Report of the Indian Hemp Drugs Commission, 1894-1895 - Volume V
Year: 1894
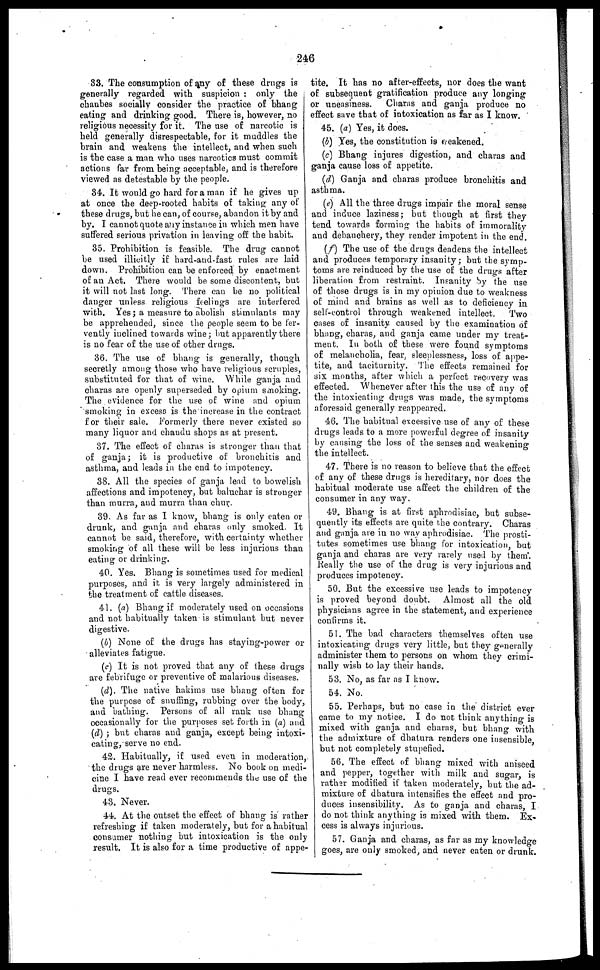
246
33. The consumption of any of these drugs is
generally regarded with suspicion : only the
chaubes socially consider the practice of bhang
eating and drinking good. There is, however, no
religious necessity for it. The use of narcotic is
held generally disrespeetable, for it muddles the
brain and weakens the intellect, and when such
is the case a man who uses narcotics must commit
actions far from being acceptable, and is therefore
viewed as detestable by the people.
34. It would go hard for a man if he gives up
at once the deep-rooted habits of taking any of
these drugs, but he can, of course, abandon it by and
by. I cannot quote any instance in which men have
suffered serious privation in leaving off the habit.
35. Prohibition is feasible. The drug cannot
be used illicitly if hard-and-fast rules are laid
down. Prohibition can be enforced by enactment
of an Act. There would be some discontent, but
it will not last long. There can be no political
danger unless religious feelings are interfered
with. Yes ; a measure to abolish stimulants may
be apprehended, since the people seem to be fer-
vently inclined towards wine; hut apparently there
is no fear of the use of other drugs.
36. The use of bhang is generally, though
secretly among those who have religious scruples,
substituted for that of wine. While ganja and
charas are openly superseded by opium smoking.
The evidence for the use of wine and opium
smoking in excess is the increase in the contract
for their sale. Formerly there never existed so
many liquor and chandu shops as at present.
37. The effect of charas is stronger than that
of ganja ; it is productive of bronchitis and
asthma, and leads in the end to impotency.
38. All the species of ganja lead to bowelish
affections and impotency, but baluchar is stronger
than murra, and murra than chur.
39. As far as I know, bhang is only eaten or
drunk, and ganja and charas only smoked. It
cannot be said, therefore, with certainty whether
smoking of all these will be less injurious than
eating or drinking.
40. Yes. Bhang is sometimes used for medical
purposes, and it is very largely administered in
the treatment of cattle diseases.
41. (a) Bhang if moderately used on occasions
and not habitually taken is stimulant but never
digestive.
(b) None of the drugs has staying-power or
alleviates fatigue.
(c) It is not proved that any of these drugs
are febrifuge or preventive of malarious diseases.
(d). The native hakims use bhang often for
the purpose of snuffing, rubbing over the body,
and bathing. Persons of all rank use bhang
occasionally for the purposes set forth in (a) and
(d) ; but charas and ganja, except being intoxi-
cating, serve no end.
42. Habitually, if used even in moderation,
the drugs are never harmless. No book on medi-
cine I have read ever recommends the use of the
drugs.
43. Never.
44. At the outset the effect of bhang is rather
refreshing if taken moderately, but for a habitual
consumer nothing but intoxication is the only
result. It is also for a time productive of appe-
tite. It has no after-effects, nor does the want
of subsequent gratification produce any longing
or uneasiness. Charas and ganja produce no
effect save that of intoxication as far as I know.
45. (a) Yes, it does.
(b) Yes, the constitution is seakened.
(c) Bhang injures digestion, and charas and
ganja cause loss of appetite.
(d) Ganja and charas produce bronchitis and
asthma.
(e) All the three drugs impair the moral sense
and induce laziness; but though at first they
tend towards forming the habits of immorality
and debauchery, they render impotent in the end.
(f) The use of the drugs deadens the intellect
and produces temporary insanity; but the symp-
toms are reinduced by the use of the drugs after
liberation from restraint. Insanity by the use
of those drugs is in my opinion due to weakness
of mind and brains as well as to deficiency in
self-control through weakened intellect. Two
cases of insanity caused by the examination of
bhang, charas, and ganja came under my treat-
ment. In both of these were found symptoms
of melancholia, fear, sleeplessness, loss of appe-
tite, and taciturnity. The effects remained for
six months, after which a perfect recovery was
effected. Whenever after this the use of any of
the intoxicating drugs was made, the symptoms
aforesaid generally reappeared.
46. The habitual excessive use of any of these
drugs leads to a more powerful degree of insanity
by causing the loss of the senses and weakening
the intellect.
47. There is no reason to believe that the effect
of any of these drugs is hereditary, nor does the
habitual moderate use affect the children of the
consumer in any way.
49. Bhang is at first aphrodisiac, but subse-
quently its effects are quite the contrary. Charas
and ganja are in no way aphrodisiac. The prosti-
tutes sometimes use bhang for intoxication, but
ganja and charas are very rarely used by them.
Really the use of the drug is very injurious and
produces impotency.
50. But the excessive use leads to impotency
is proved beyond doubt. Almost all the old
physicians agree in the statement, and experience
confirms it.
51. The bad characters themselves often use
intoxicating drugs very little, but they generally
administer them to persons on whom they crimi-
nally wish to lay their hands.
53. No, as far as I know.
54. No.
55. Perhaps, but no case in the district ever
came to my notice. I do not think anything is
mixed with ganja and charas, but bhang with
the admixture of dhatura renders one insensible,
but not completely stupefied.
56. The effect of bhang mixed with aniseed
and pepper, together with milk and sugar, is
rathar modified if taken moderately, but the ad-
mixture of dhatura intensifies the effect and pro-
duces insensibility. As to ganja and charas, I
do not think anything is mixed with them. Ex-
cess is always injurious.
57. Ganja and charas, as far as my knowledge
goes, are only smoked, and never eaten or drunk.